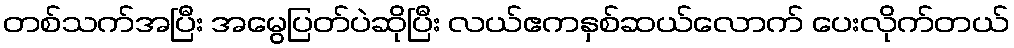
တစ်သက်အပြီး အမွေပြတ်ပဲဆိုပြီး လယ်ဧကနှစ်ဆယ်လောက် ပေးလိုက်တယ်